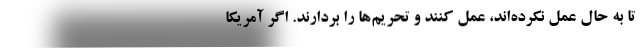
تا به حال عمل نکرده‌اند، عمل کنند و تحریم‌ها را بردارند. اگر آمریکا